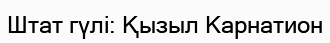
Штат гүлі: Қызыл Карнатион